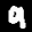
Label: 9